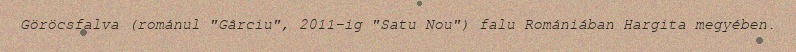
Göröcsfalva (románul "Gârciu", 2011-ig "Satu Nou") falu Romániában Hargita megyében.